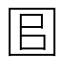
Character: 𡇑